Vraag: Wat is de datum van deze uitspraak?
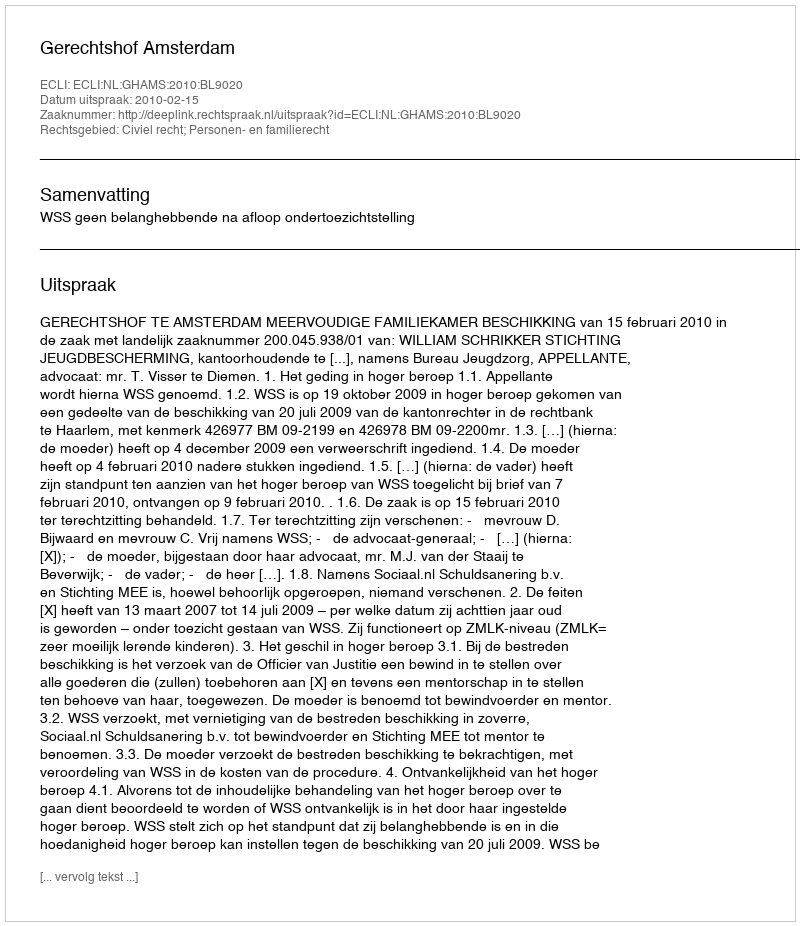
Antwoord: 2010-02-15